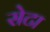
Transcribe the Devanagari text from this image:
सेटा